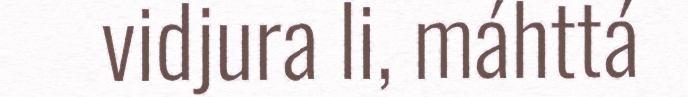
vidjura li, máhttá